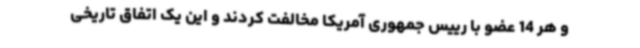
و هر 14 عضو با رییس جمهوری آمریکا مخالفت کردند و این یک اتفاق تاریخی